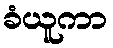
ခံယူကာ